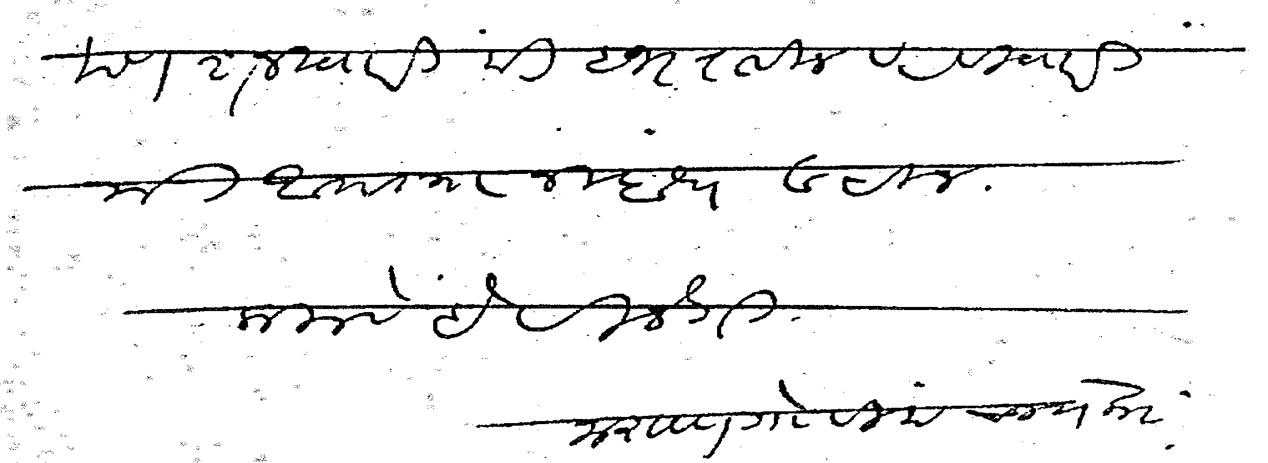
Transliteration (Devanagari): मी आपला निबंध वाचीन कळावे हे विनंती नारायण गोविंद चापेकर